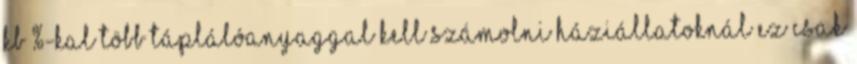
kb %-kal több táplálóanyaggal kell számolni háziállatoknál ez csak